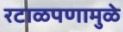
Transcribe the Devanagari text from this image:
रटाळपणामुळे